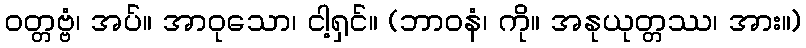
ဝတ္တဗ္ဗံ၊ အပ်။ အာဝုသော၊ ငါ့ရှင်။ (ဘာဝနံ၊ ကို။ အနုယုတ္တဿ၊ အား။)